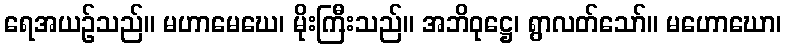
ရေအယဉ်သည်။ မဟာမေဃေ၊ မိုးကြီးသည်။ အဘိဝုဋ္ဌေ၊ ရွာလတ်သော်။ မဟောဃော၊